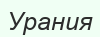
Урания